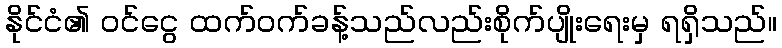
နိုင်ငံ၏ ဝင်ငွေ ထက်ဝက်ခန့်သည်လည်းစိုက်ပျိုးရေးမှ ရရှိသည်။